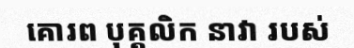
គោរព បុគ្គលិក នាវា របស់